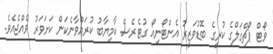
ވޯޓް ޕޯޗްގަލްގެ ކުރީގެ ބޮޑުވަޒީރު އެންޓޯނިއޯ ގުޓެރެސް ކާމިޔާބު ކުރައްވާނެކަން ކަށަވަރު ވެއްޖެއެވެ.